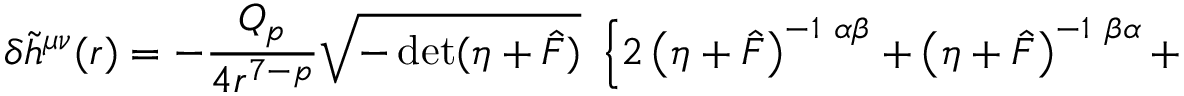
\delta { \tilde { h } } ^ { \mu \nu } ( r ) = - \frac { Q _ { p } } { 4 r ^ { 7 - p } } \sqrt { - \operatorname * { d e t } ( \eta + { \hat { F } } ) } ~ \left\{ 2 \left( \eta + \hat { F } \right) ^ { - 1 ~ \alpha \beta } + \left( \eta + \hat { F } \right) ^ { - 1 ~ \beta \alpha } + \right.